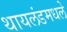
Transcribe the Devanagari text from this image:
थायलंडमधले